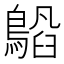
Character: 𬷥